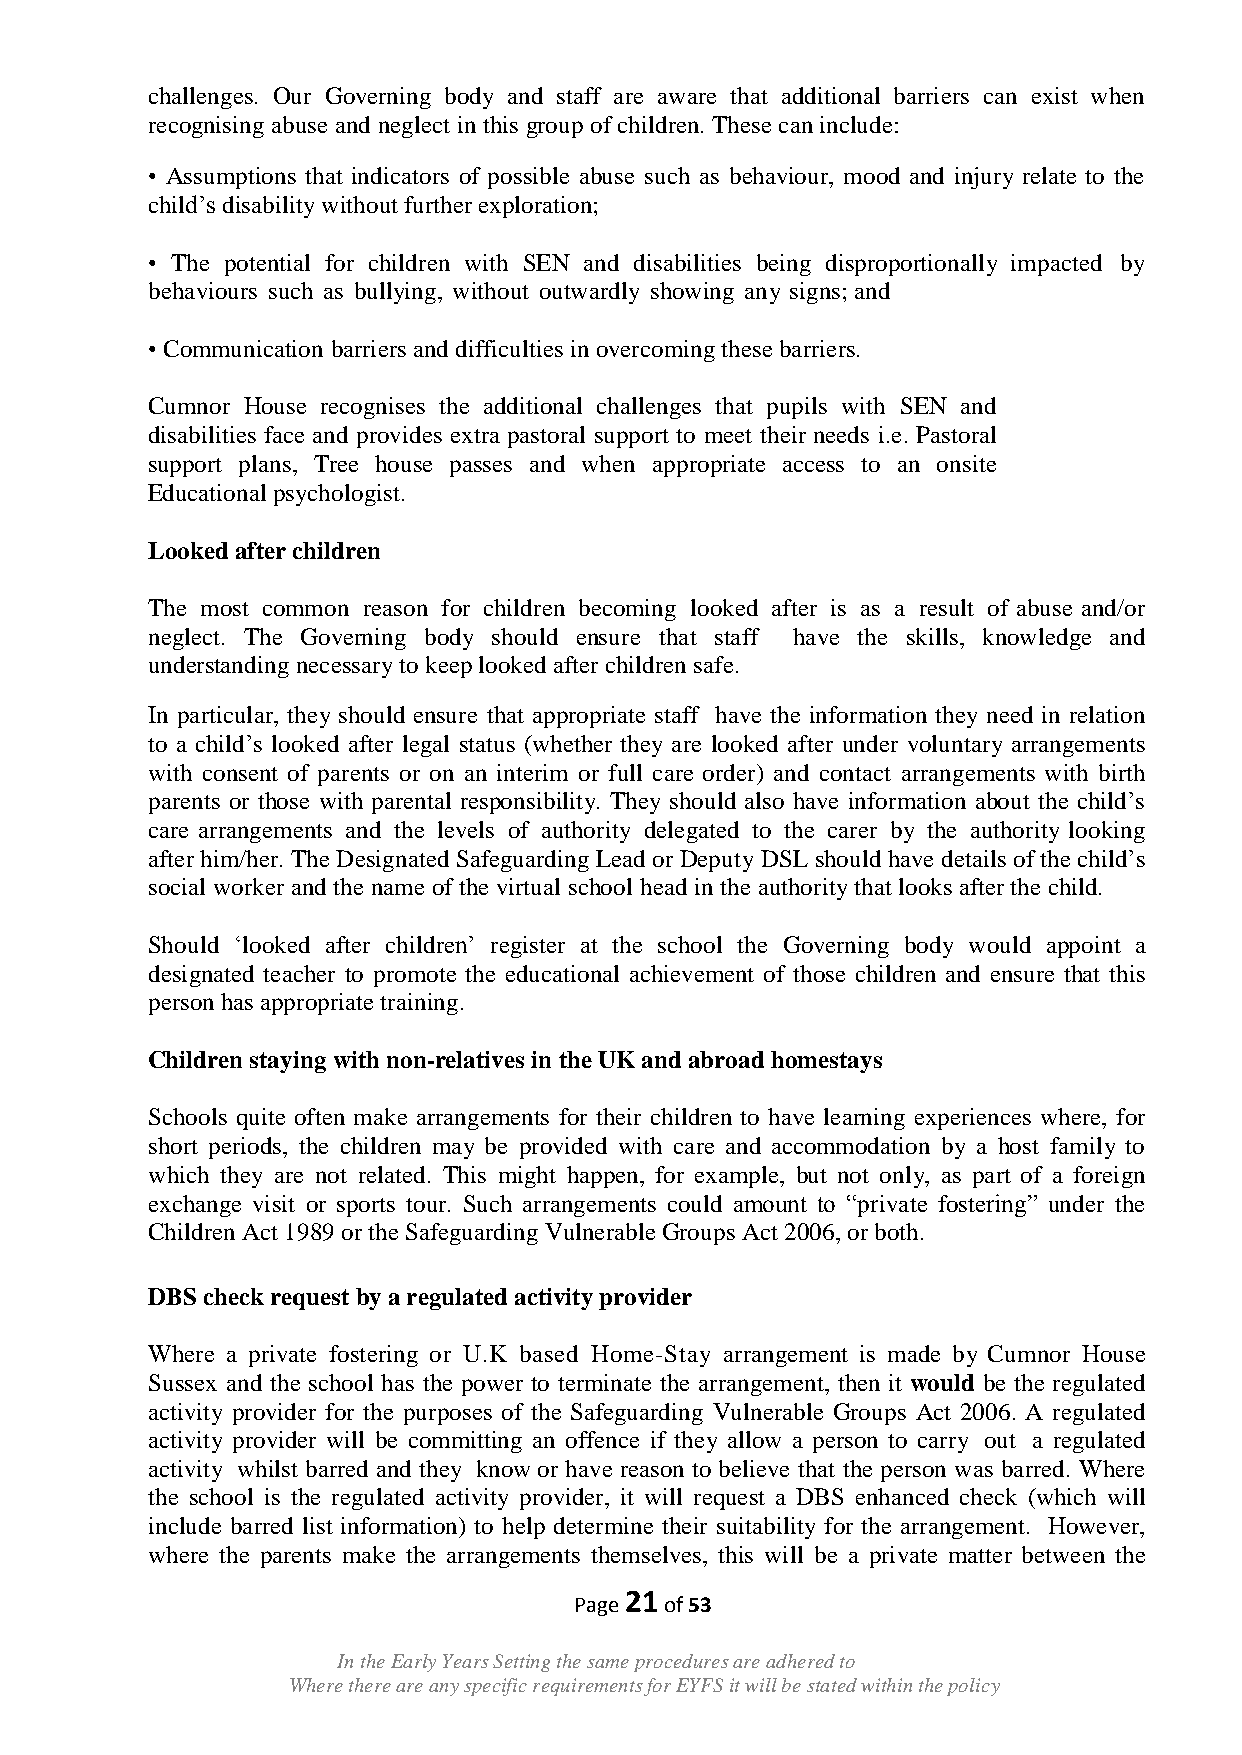
challenges. Our Governing body and staff are aware that additional barriers can exist when
 recognising abuse and neglect in this group of children. These can include:
 • Assumptions that indicators of possible abuse such as behaviour, mood and injury relate to the
 child‟s disability without further exploration;
 • The potential for children with SEN and disabilities being disproportionally impacted by
 behaviours such as bullying, without outwardly showing any signs; and
 • Communication barriers and difficulties in overcoming these barriers.
 Cumnor House recognises the additional challenges that pupils with SEN and
 disabilities face and provides extra pastoral support to meet their needs i.e. Pastoral
 support plans, Tree house passes and when appropriate access to an onsite
 Educational psychologist.
 Looked after children
 The most common reason for children becoming looked after is as a result of abuse and/or
 neglect. The Governing body should ensure that staff have the skills, knowledge and
 understanding necessary to keep looked after children safe.
 In particular, they should ensure that appropriate staff have the information they need in relation
 to a child‟s looked after legal status (whether they are looked after under voluntary arrangements
 with consent of parents or on an interim or full care order) and contact arrangements with birth
 parents or those with parental responsibility. They should also have information about the child‟s
 care arrangements and the levels of authority delegated to the carer by the authority looking
 after him/her. The Designated Safeguarding Lead or Deputy DSL should have details of the child‟s
 social worker and the name of the virtual school head in the authority that looks after the child.
 Should „looked after children‟ register at the school the Governing body would appoint a
 designated teacher to promote the educational achievement of those children and ensure that this
 person has appropriate training.
 Children staying with non-relatives in the UK and abroad homestays
 Schools quite often make arrangements for their children to have learning experiences where, for
 short periods, the children may be provided with care and accommodation by a host family to
 which they are not related. This might happen, for example, but not only, as part of a foreign
 exchange visit or sports tour. Such arrangements could amount to “private fostering” under the
 Children Act 1989 or the Safeguarding Vulnerable Groups Act 2006, or both.
 DBS check request by a regulated activity provider
 Where a private fostering or U.K based Home-Stay arrangement is made by Cumnor House
 Sussex and the school has the power to terminate the arrangement, then it would be the regulated
 activity provider for the purposes of the Safeguarding Vulnerable Groups Act 2006. A regulated
 activity provider will be committing an offence if they allow a person to carry out a regulated
 activity whilst barred and they know or have reason to believe that the person was barred. Where
 the school is the regulated activity provider, it will request a DBS enhanced check (which will
 include barred list information) to help determine their suitability for the arrangement. However,
 where the parents make the arrangements themselves, this will be a private matter between the
 21
 Page  of 53
 In the Early Years Setting the same procedures are adhered to
 Where there are any specific requirements for EYFS it will be stated within the policy